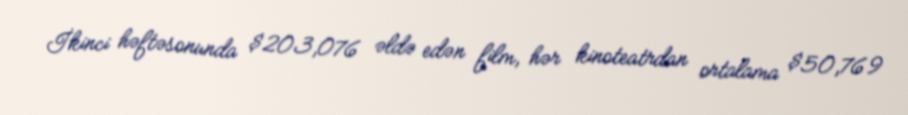
İkinci həftəsonunda $203,076 əldə edən film, hər kinoteatrdan ortalama $50,769